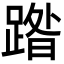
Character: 𮛼